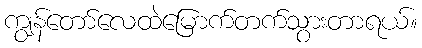
ကျွန်တော်လေထဲမြောက်တက်သွားတာရယ်။